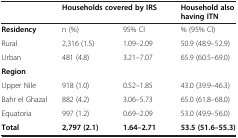
|  | <COLSPAN=2> Households covered by IRS | Household also having ITN |
 | --- | --- | --- | --- |
 | Residency | n (%) | 95% CI | % (95% CI) |
 | Rural | 2,316 (1.5) | 1.09–2.09 | 50.9 (48.9–52.9) |
 | Urban | 481 (4.8) | 3.21–7.07 | 65.9 (60.5–69.0) |
 | Region |  |  |  |
 | Upper Nile | 918 (1.0) | 0.52–1.85 | 43.0 (39.9–46.3) |
 | Bahr el Ghazal | 882 (4.2) | 3.06–5.73 | 65.0 (61.8–68.0) |
 | Equatoria | 997 (1.2) | 0.69–2.09 | 53.0 (49.9–56.0) |
 | Total | 2,797 (2.1) | 1.64–2.71 | 53.5 (51.6–55.3) |